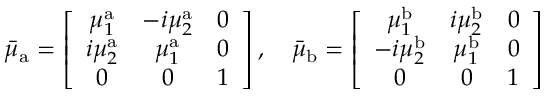
\bar { \mu } _ { \mathrm { a } } = \left[ \begin{array} { c c c } { \mu _ { 1 } ^ { \mathrm { a } } } & { - i \mu _ { 2 } ^ { \mathrm { a } } } & { 0 } \\ { i \mu _ { 2 } ^ { \mathrm { a } } } & { \mu _ { 1 } ^ { \mathrm { a } } } & { 0 } \\ { 0 } & { 0 } & { 1 } \end{array} \right] , \quad \bar { \mu } _ { \mathrm { b } } = \left[ \begin{array} { c c c } { \mu _ { 1 } ^ { \mathrm { b } } } & { i \mu _ { 2 } ^ { \mathrm { b } } } & { 0 } \\ { - i \mu _ { 2 } ^ { \mathrm { b } } } & { \mu _ { 1 } ^ { \mathrm { b } } } & { 0 } \\ { 0 } & { 0 } & { 1 } \end{array} \right]